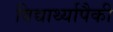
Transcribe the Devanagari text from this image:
विद्यार्थ्यापैकी